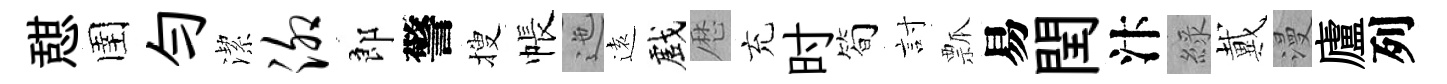
憇圉勻潔泖郎警搜帳迤逺戲厯充时简討瓢易閏汴綠戴漫廬列